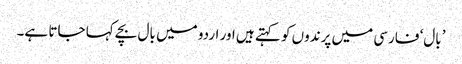
’بال‘ فارسی میں پرندوں کو کہتے ہیں اور اردو میں بال بچے کہا جاتا ہے۔